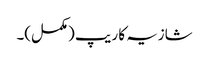
شازیہ کا ریپ (مکمل)۔